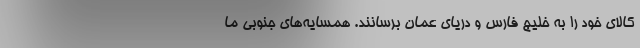
کالای خود را به خلیج فارس و دریای عمان برسانند. همسایه‌های جنوبی ما